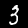
Digit: 3